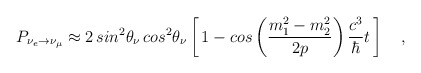
\begin{align*}P_{\nu_e \rightarrow \nu_\mu} \approx 2\, sin^2\theta_\nu \,cos^2\theta_\nu \left [\, 1 -cos \left (\frac{m_1^2-m_2^2}{2p}\right ) \frac{c^3}{\hbar} t \, \right ]\quad,\end{align*}